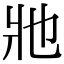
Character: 𤕮